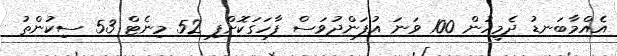
އެއްމާބަނޑު ދެމީހުން 100 ވަނަ އުފަންދުވަސް ފާހަގަކޮށްފި 52 މިނެޓް 53 ސިކުންތު